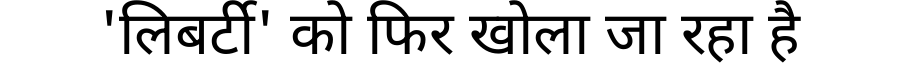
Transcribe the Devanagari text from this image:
'लिबर्टी' को फिर खोला जा रहा है